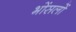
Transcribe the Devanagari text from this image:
भोंसलों